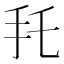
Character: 𢩷